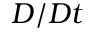
D / D t